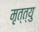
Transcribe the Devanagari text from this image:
मृत्त्यु